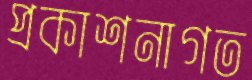
প্রকাশনাগত